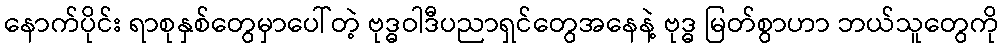
နောက်ပိုင်း ရာစုနှစ်တွေမှာပေါ်တဲ့ ဗုဒ္ဓဝါဒီပညာရှင်တွေအနေနဲ့ ဗုဒ္ဓ မြတ်စွာဟာ ဘယ်သူတွေကို